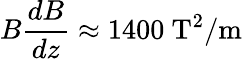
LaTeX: B{\frac{dB}{dz}}\approx 1400\ \mathrm{T^{2}/m}